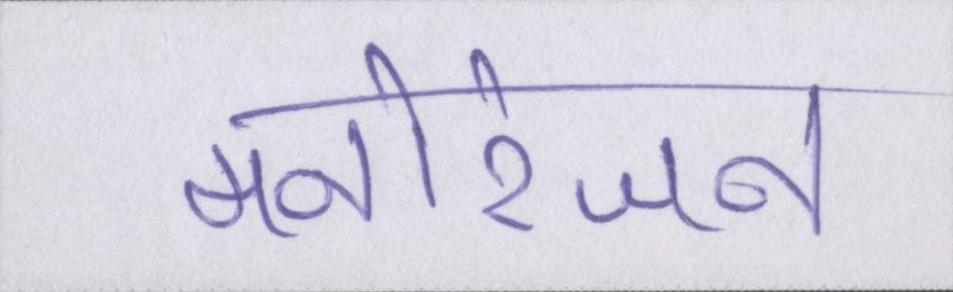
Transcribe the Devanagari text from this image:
मनोरंजन